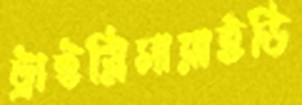
ট্রাইগ্লিসারাইডি